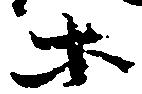
等